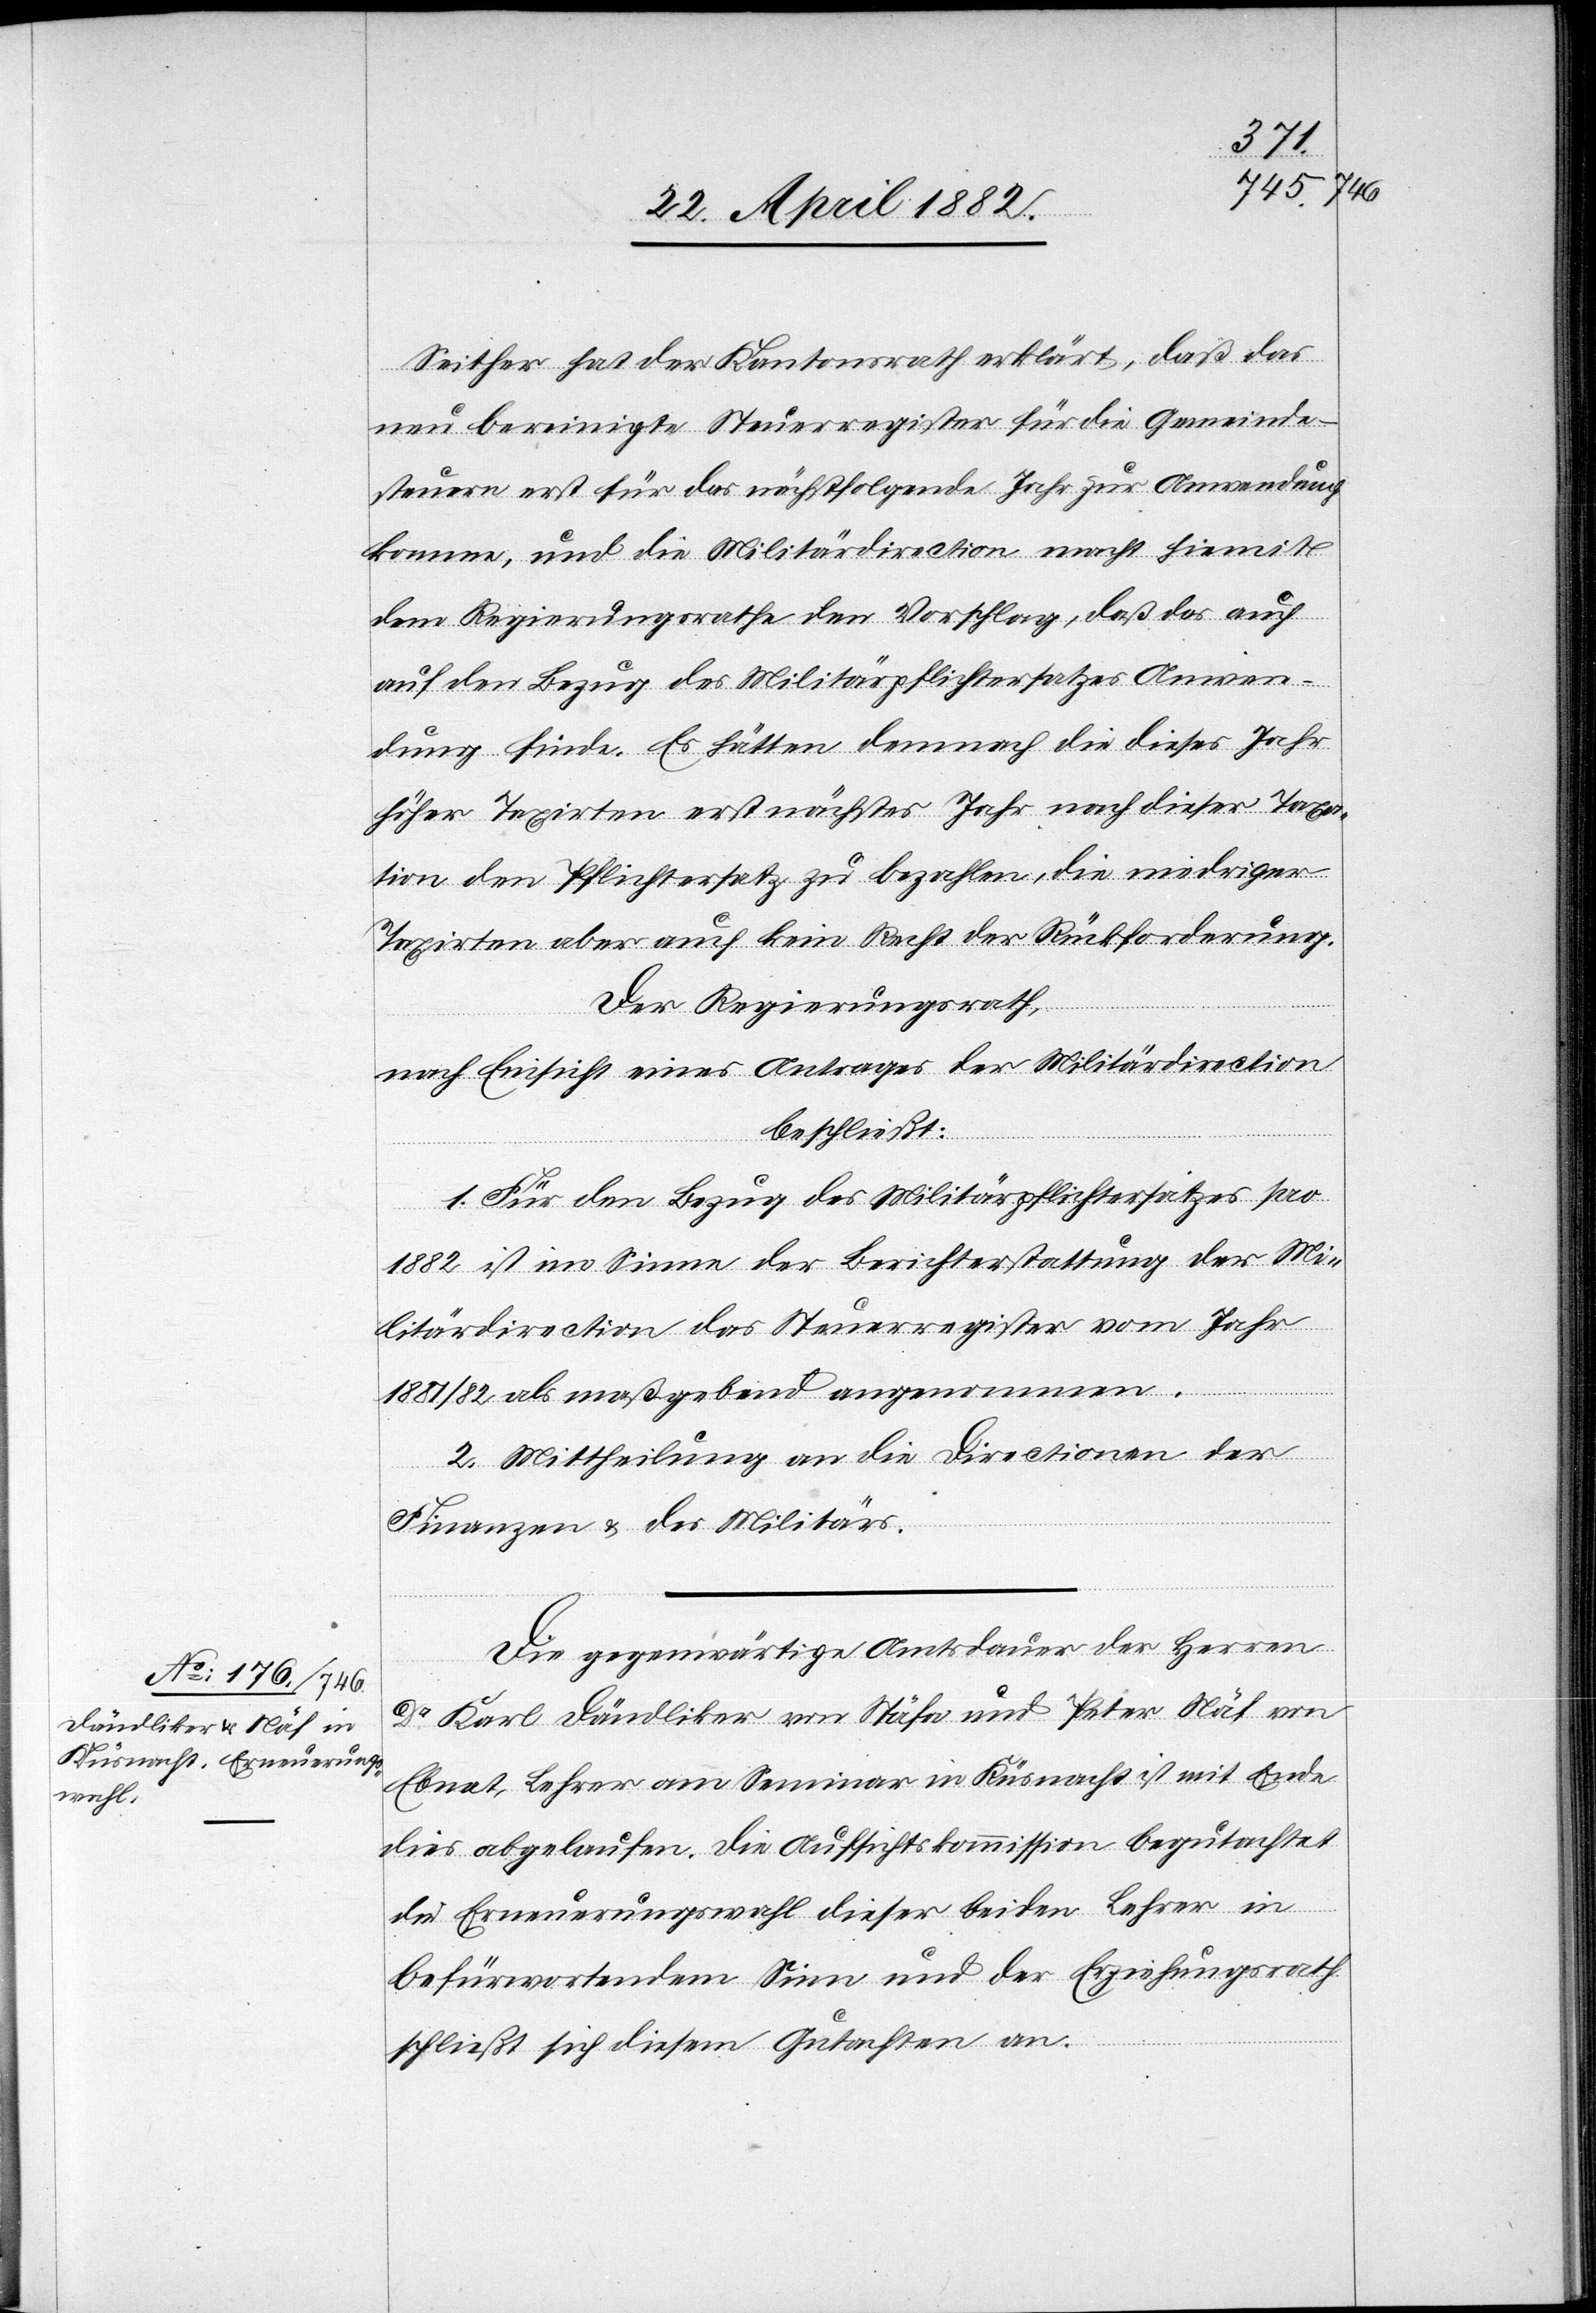
Seither hat der Kantonsrath erklärt, daß das
neu bereinigte Steuerregister für die Gemeinde¬
steuern erst für das nächstfolgende Jahr zur Anwendung
komme, und die Militärdirection macht hiemit
dem Regierungsrathe den Vorschlag, daß das auch
auf den Bezug des Militärpflichtersatzes Anwen¬
dung finde. Es hätten demnach die dieses Jahr
höher Taxirten erst nächstes Jahr nach dieser Taxa¬
tion den Pflichtersatz zu bezahlen, die niedriger
Taxirten aber auch kein Recht der Rückforderung.
Der Regierungsrath,
nach Einsicht eines Antrages der Militärdirection,
beschließt:
1. Für den Bezug des Militärpflichtersatzes pro
1882 ist im Sinne der Berichterstattung der Mi¬
litärdirection das Steuerregister vom Jahr
1881/82 als maßgebend angenommen.
2. Mittheilung an die Directionen der
Finanzen & des Militärs.
Die gegenwärtige Amtsdauer der Herren
Dr Karl Dändliker von Stäfa und Peter Näf von
Ebnat, Lehrer am Seminar in Küsnacht ist mit Ende
dies abgelaufen. Die Aufsichtskommission begutachtet
die Erneuerungswahl dieser beiden Lehrer in
befürwortendem Sinn und der Erziehungsrat
schließt sich diesem Gutachten an.